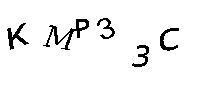
KMP33C